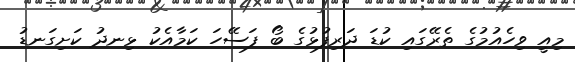
މިއީ ވިހެއުމުގެ ތެރޭގައި ކުޑަ ދަރިފުޅުގެ ބޯ ފަސޭހަ ކަމާއެކު ޅިނދު ކަށިގަނޑު